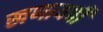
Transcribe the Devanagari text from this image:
खणायची